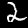
Label: 2